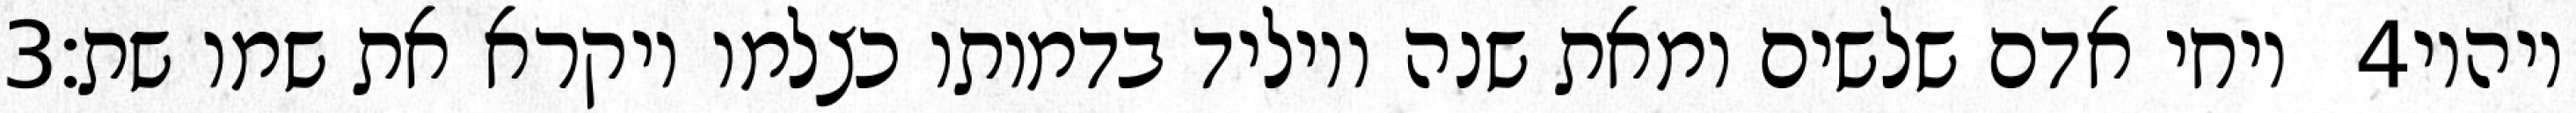
‎3‏ ויחי אדם שלשים ומאת שנה ויוליד בדמותו כצלמו ויקרא את שמו שת׃ ‎4‏ ויהיו